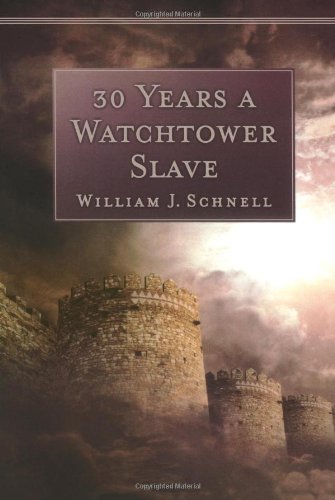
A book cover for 30 Years a Watchtower Slave: The Confessions of a Converted Jehovah's Witness; William J. Schnell; Christian Books & Bibles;